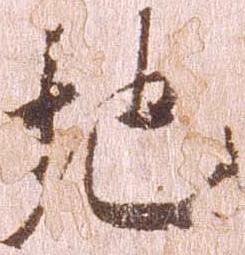
地